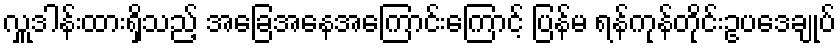
လှူဒါန်းထားရှိသည့် အခြေအနေအကြောင်းကြောင့် ပြန်မ ရန်ကုန်တိုင်းဥပဒေချုပ်